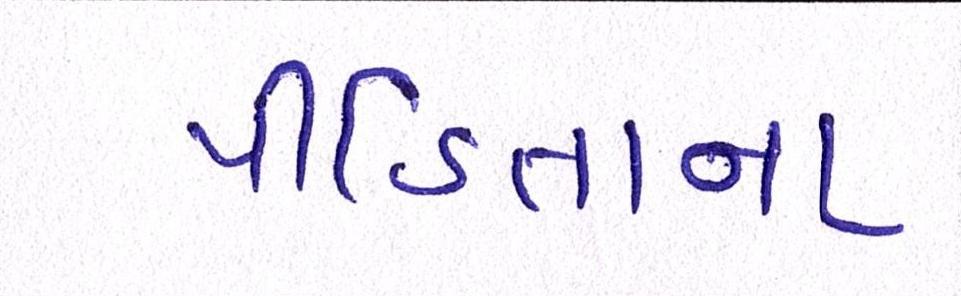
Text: પીડિતાના